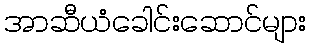
အာဆီယံခေါင်းဆောင်များ